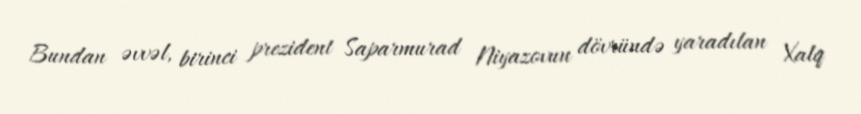
Bundan əvvəl, birinci prezident Saparmurad Niyazovun dövründə yaradılan Xalq